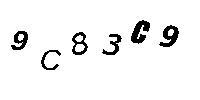
9C83C9